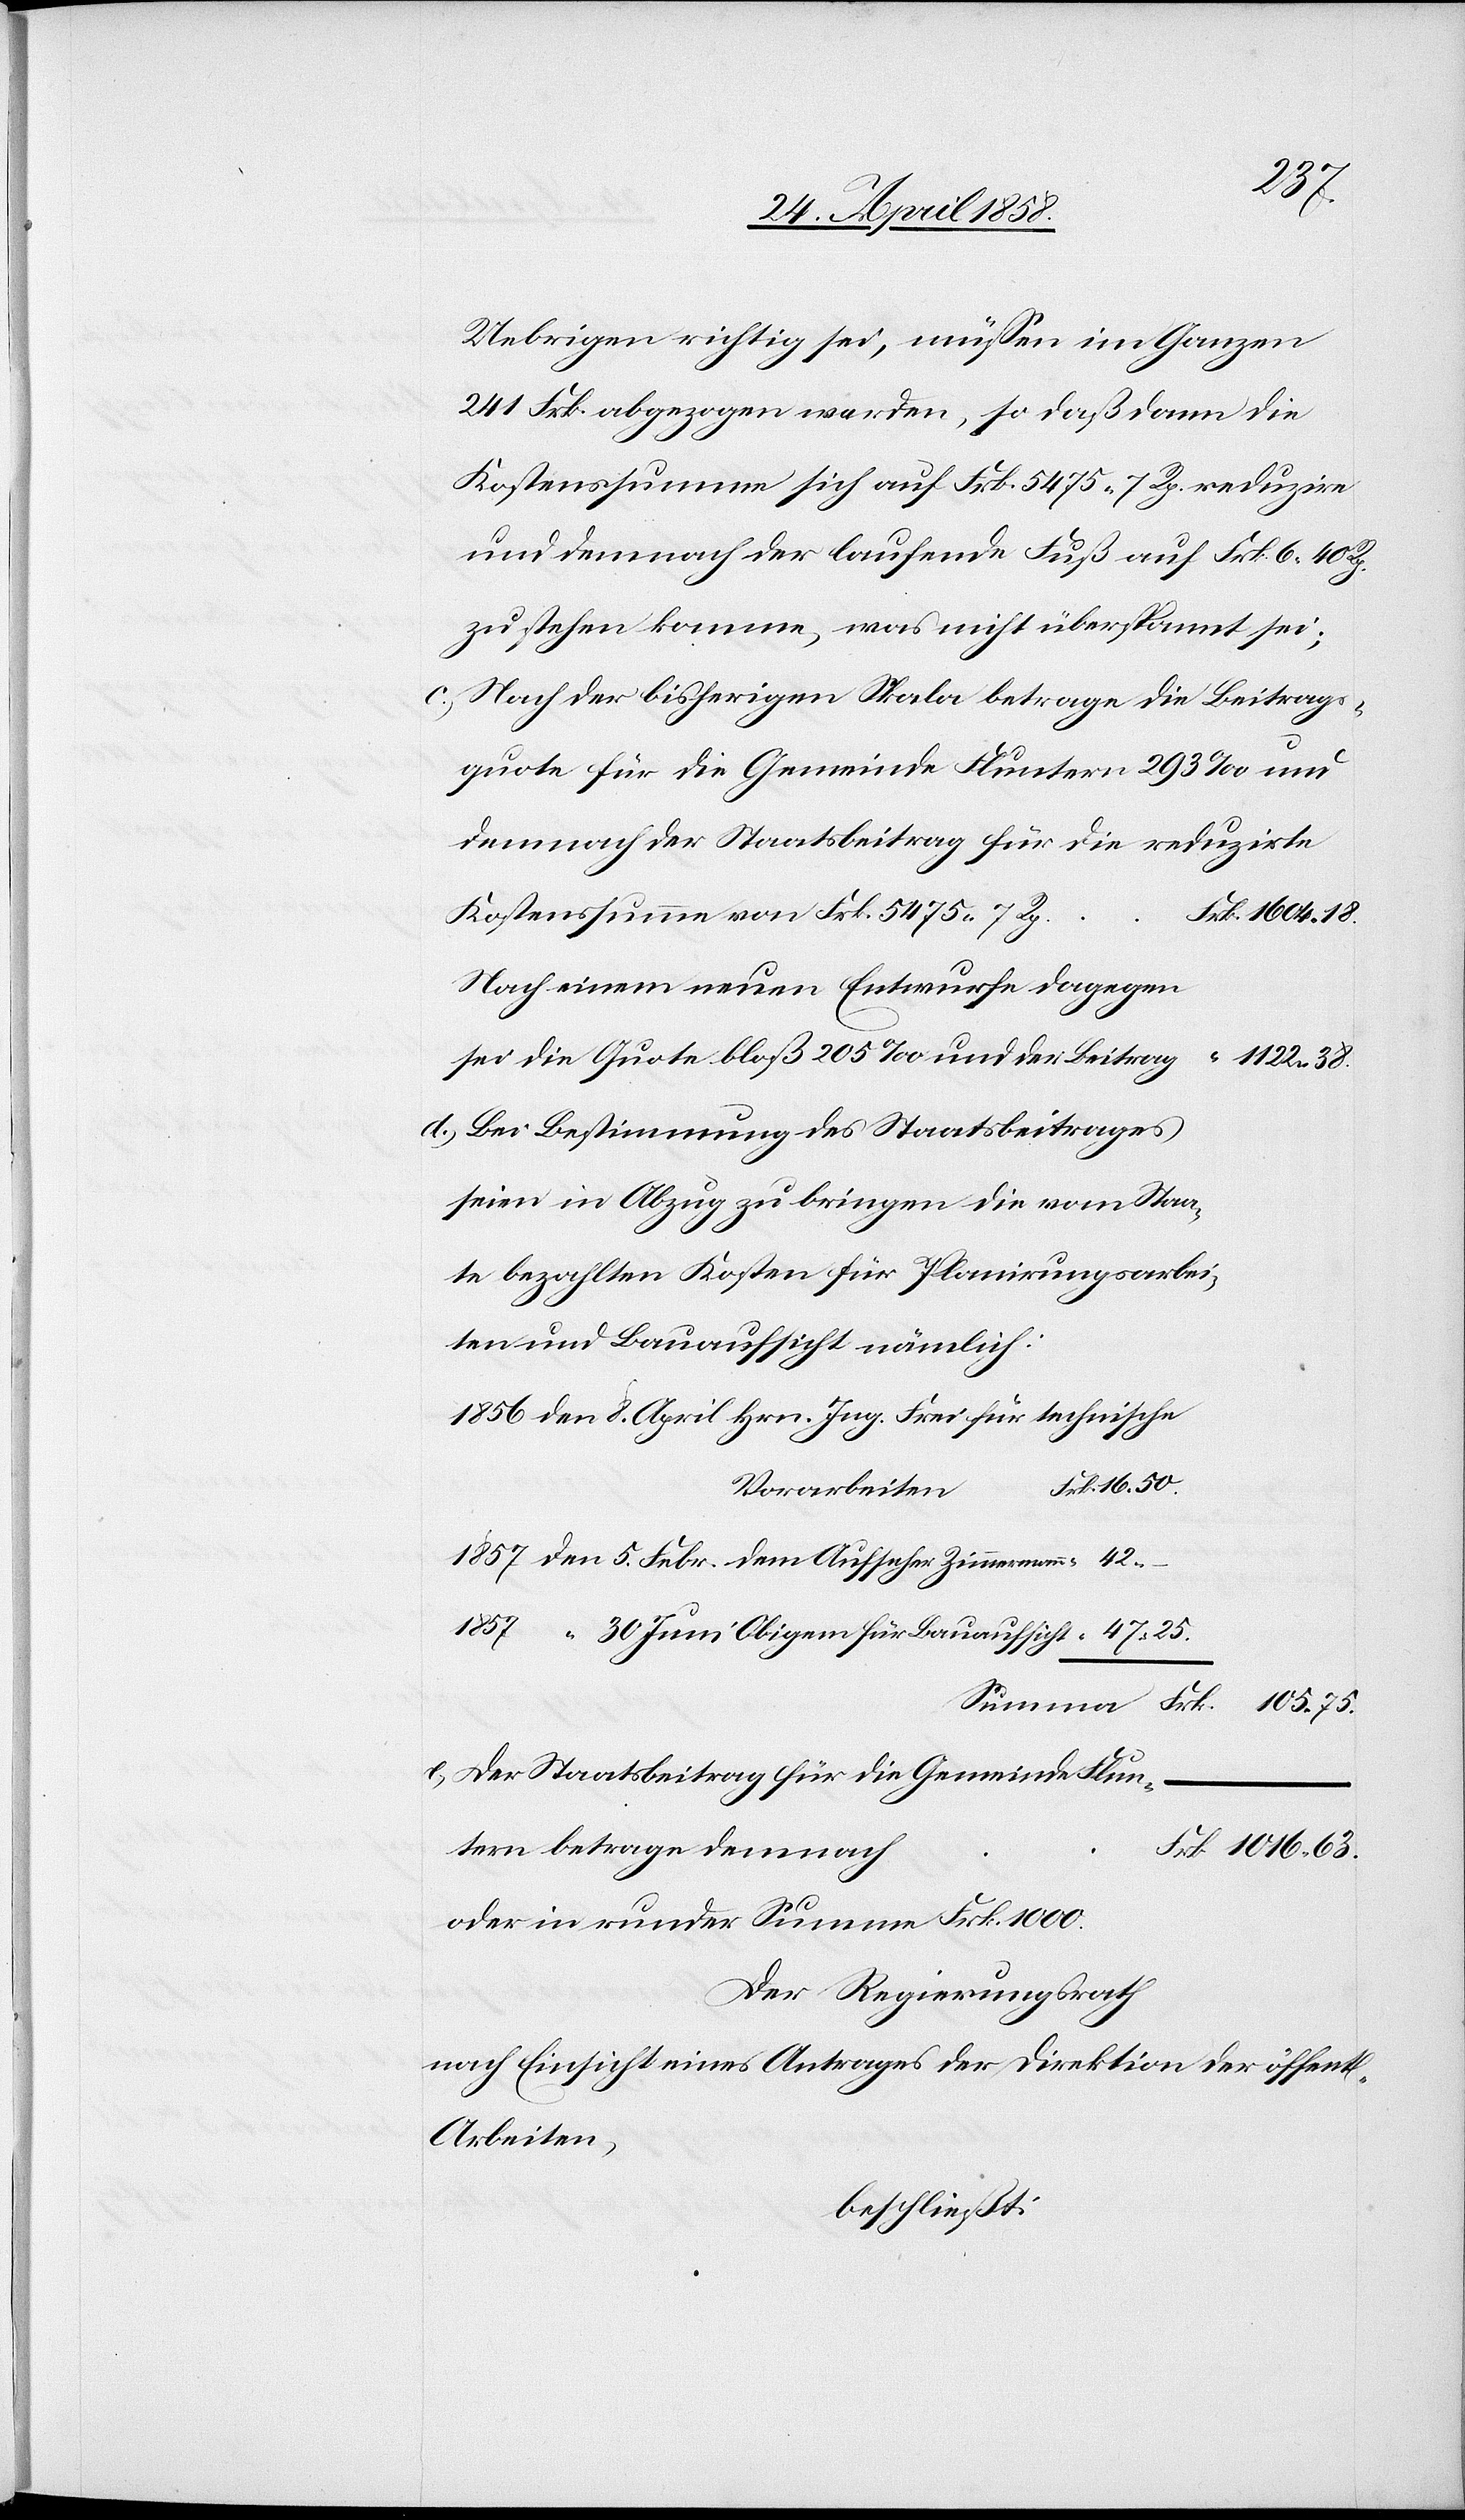
l.
Uebrigen richtig sei, müssen im Ganzen
241 Frk. abgezogen werden, so daß dann die
Kostenssumme sich auf Frk. 5475 7 Rp. reduzire
und demnach der laufende Fuß auf Frk. 6 40 Rp.
zu stehen komme, was nicht überspannt sei;
c) Nach der bisherigen Skala betrage die Beitrags¬
quote für die Gemeinde Fluntern 293‰ und
demnach der Staatsbeitrag für die reduzirte
Kostenssumme von Frk. 5475 7 Rp.
Nach einem neuen Entwurfe dagegen
sei die Quote bloß 205‰ und der Beitrag
1122 38.
d) Bei Bestimmung des Staatsbeitrages
seien in Abzug zu bringen die vom Staa¬
te bezahlten Kosten für Planirungsarbei¬
ten und Bauaufsicht nämlich:
Vorarbeiten
30. Juni Obigem für Bauaufsicht
e) Der Staatsbeitrag für die Gemeinde Flun¬
Summa
tern betrage demnach
1016 63.
oder in runder Summe Frk. 1000.
Der Regierungsrath
nach Einsicht eines Antrages der Direktion der öffent¬
Arbeiten,
beschließt: